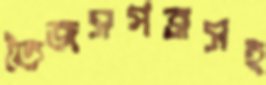
তৈজসপত্রসহ